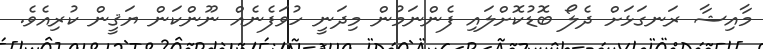
މާއިޝާ ރަނގަޅަށް ދެލޯ ބޮޑުކޮށްލައި ފެންނަމުން މިދަނީ ހުވަފެނެއް ނޫންކަން ޔަޤީން ކުރިއެވެ.